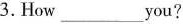
3.How___you？